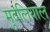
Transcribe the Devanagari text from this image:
मुदलियाल